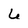
Character: 6